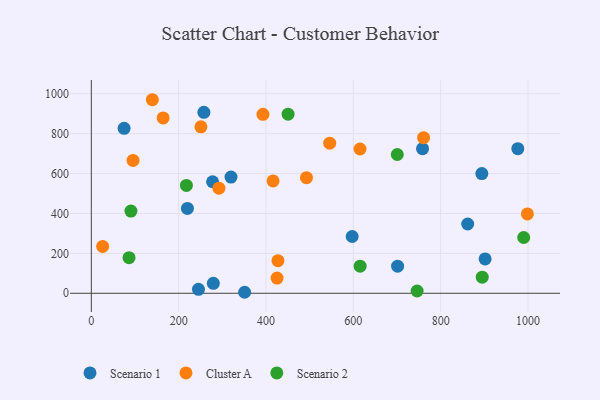
{"axis": {"x": "Speed", "y": "Salary"}, "legend": ["Cluster A", "Scenario 1", "Scenario 2"], "data": [{"x": "279.4", "y": 49.7, "type": "Scenario 1"}, {"x": "257.8", "y": 906.8, "type": "Scenario 1"}, {"x": "901.8", "y": 172.2, "type": "Scenario 1"}, {"x": "351.1", "y": 5.0, "type": "Scenario 1"}, {"x": "861.9", "y": 347.3, "type": "Scenario 1"}, {"x": "220.1", "y": 425.4, "type": "Scenario 1"}, {"x": "758.5", "y": 725.0, "type": "Scenario 1"}, {"x": "277.7", "y": 559.0, "type": "Scenario 1"}, {"x": "75.1", "y": 826.7, "type": "Scenario 1"}, {"x": "597.4", "y": 284.7, "type": "Scenario 1"}, {"x": "701.4", "y": 135.8, "type": "Scenario 1"}, {"x": "319.9", "y": 582.7, "type": "Scenario 1"}, {"x": "245.4", "y": 19.8, "type": "Scenario 1"}, {"x": "976.7", "y": 724.6, "type": "Scenario 1"}, {"x": "894.3", "y": 599.9, "type": "Scenario 1"}, {"x": "139.8", "y": 970.2, "type": "Cluster A"}, {"x": "760.9", "y": 779.8, "type": "Cluster A"}, {"x": "998.6", "y": 397.8, "type": "Cluster A"}, {"x": "425.4", "y": 76.3, "type": "Cluster A"}, {"x": "615.3", "y": 723.3, "type": "Cluster A"}, {"x": "545.9", "y": 752.4, "type": "Cluster A"}, {"x": "251.0", "y": 834.5, "type": "Cluster A"}, {"x": "164.5", "y": 878.9, "type": "Cluster A"}, {"x": "292.2", "y": 526.9, "type": "Cluster A"}, {"x": "427.4", "y": 163.2, "type": "Cluster A"}, {"x": "492.7", "y": 579.4, "type": "Cluster A"}, {"x": "416.2", "y": 563.2, "type": "Cluster A"}, {"x": "95.5", "y": 665.8, "type": "Cluster A"}, {"x": "393.0", "y": 897.1, "type": "Cluster A"}, {"x": "25.9", "y": 234.8, "type": "Cluster A"}, {"x": "90.7", "y": 412.0, "type": "Scenario 2"}, {"x": "217.8", "y": 540.5, "type": "Scenario 2"}, {"x": "86.4", "y": 178.2, "type": "Scenario 2"}, {"x": "615.6", "y": 135.6, "type": "Scenario 2"}, {"x": "895.2", "y": 80.6, "type": "Scenario 2"}, {"x": "746.1", "y": 11.3, "type": "Scenario 2"}, {"x": "450.6", "y": 898.0, "type": "Scenario 2"}, {"x": "990.2", "y": 279.6, "type": "Scenario 2"}, {"x": "700.7", "y": 695.7, "type": "Scenario 2"}]}